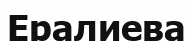
Ералиева